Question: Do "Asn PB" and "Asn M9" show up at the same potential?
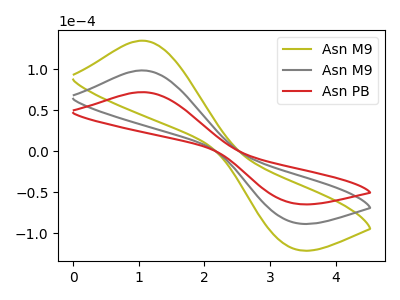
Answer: <think>The olive curve "Asn M9" has an anodic peak at (1.05V, 197.20uA) and a cathodic peak at (3.35V, -172.70uA). The gray curve "Asn M9" has an anodic peak at (1.05V, 98.60uA) and a cathodic peak at (3.35V, -86.35uA). The red curve "Asn PB" has an anodic peak at (1.05V, 72.10uA) and a cathodic peak at (3.35V, -63.15uA).
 All the peaks in "Asn PB" have a peak in "Asn M9" at the same potential. Every peak in "Asn PB" is lower than every peak in "Asn M9".</think>
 <answer>"Asn PB" and "Asn M9" are similar in shape.</answer>
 <eval>same_shape</eval>